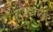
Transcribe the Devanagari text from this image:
हावड्याला